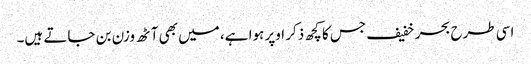
اسی طرح بحر خفیف جس کا کچھ ذکر اوپر ہوا ہے، میں بھی آٹھ وزن بن جاتے ہیں۔